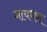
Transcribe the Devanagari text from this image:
गायधरा